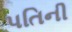
પતિની